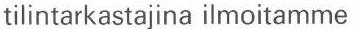
tilintarkastajina ilmoitamme